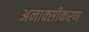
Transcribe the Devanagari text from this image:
अनाक्सीकरण